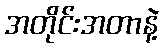
အတိုင်းအတာနဲ့